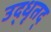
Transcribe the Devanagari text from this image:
उद्धृतद्